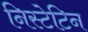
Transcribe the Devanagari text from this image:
निस्टेटिन